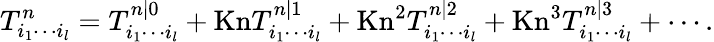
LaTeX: T_{i_{1}\cdots i_{l}}^{n}=T_{i_{1}\cdots i_{l}}^{n|0}+\mathrm{Kn}T_{i_{1}\cdots i_{l}}^{n|1}+\mathrm{Kn}^{2}T_{i_{1}\cdots i_{l}}^{n|2}+\mathrm{Kn}^{3}T_{i_{1}\cdots i_{l}}^{n|3}+\cdots.